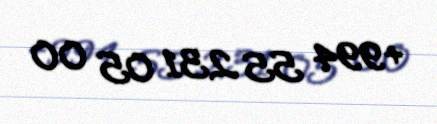
+994 55 231 05 00